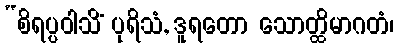
“စိရပ္ပဝါသိံ ပုရိသံ, ဒူရတော သောတ္ထိမာဂတံ၊